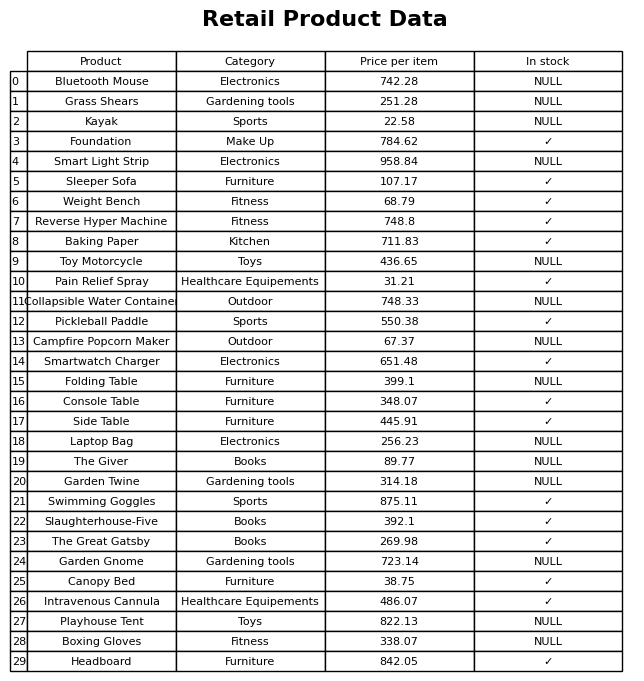
question: What is the stock status of the Laptop Bag?
answer: NULL